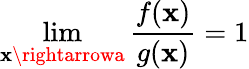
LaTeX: \lim\limits_{\mathbf{x}\rightarrowa}\frac{{f(\mathbf{x})}}{{g(\mathbf{x})}}=1